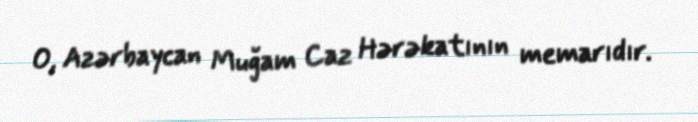
O, Azərbaycan Muğam Caz Hərəkatının memarıdır.